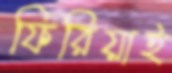
ফিরিয়াই